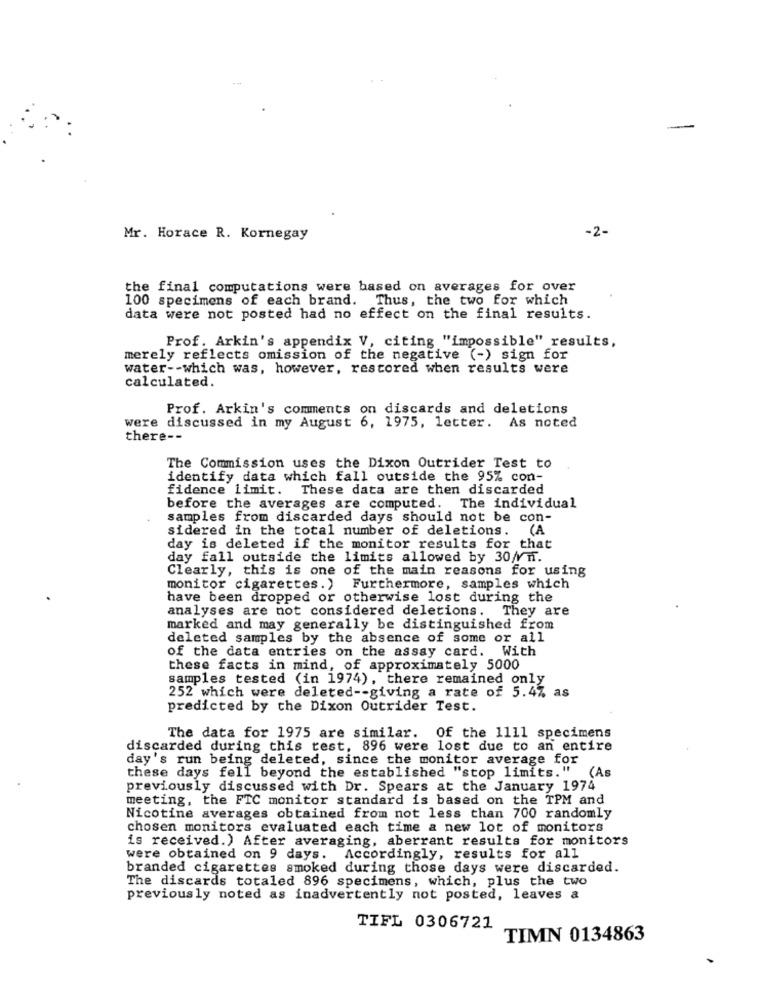
-
-2-
Mr. Horace R. Kornegay
the final computations were based on averages for over
100 specimens of each brand. Thus, the two for which
data were not posted had no effect on the final results.
Prof. Arkin's appendix V, citing "impossible" results,
merely reflects omission of the negative (-) sign for
water -- which was, however, restored when results were
calculated.
Prof. Arkin's comments on discards and deletions
were discussed in my August 6, 1975, letter. As noted
there --
The Commission uses the Dixon Outrider Test to
identify data which fall outside the 95% con-
fidence limit. These data are then discarded
before the averages are computed. The individual
samples from discarded days should not be con-
sidered in the total number of deletions. (A
day is deleted if the monitor results for that
day fall outside the limits allowed by 30/f.
Clearly, this is one of the main reasons for using
monitor cigarettes.) Furthermore, samples which
have been dropped or otherwise lost during the
analyses are not considered deletions. They are
marked and may generally be distinguished from
deleted samples by the absence of some or all
of the data entries on the assay card. With
these facts in mind, of approximately 5000
samples tested (in 1974), there remained only
252 which were deleted -- giving a rate of 5.47 as
predicted by the Dixon Outrider Test.
The data for 1975 are similar. Of the 1111 specimens
discarded during this test, 896 were lost due to an entire
day's run being deleted, since the monitor average for
these days fell beyond the established "stop limits." (As
previously discussed with Dr. Spears at the January 1974
meeting, the FTC monitor standard is based on the TPM and
Nicotine averages obtained from not less than 700 randomly
chosen monitors evaluated each time a new lot of monitors
is received.) After averaging, aberrant results for monitors
were obtained on 9 days. Accordingly, results for all
branded cigarettes smoked during those days were discarded.
The discards totaled 896 specimens, which, plus the two
previously noted as inadvertently not posted, leaves a
TIFL 0306721
TIMN 0134863